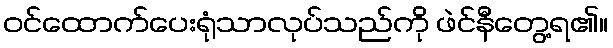
ဝင်ထောက်ပေးရုံသာလုပ်သည်ကို ဖဲင်နီတွေ့ရ၏။